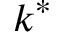
k ^ { * }